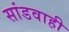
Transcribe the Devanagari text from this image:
सांडवाही